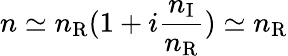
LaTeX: n\simeq n_{\mathrm{R}}(1+i\frac{n_{\mathrm{I}}}{n_{\mathrm{R}}})\simeq n_{\mathrm{R}}